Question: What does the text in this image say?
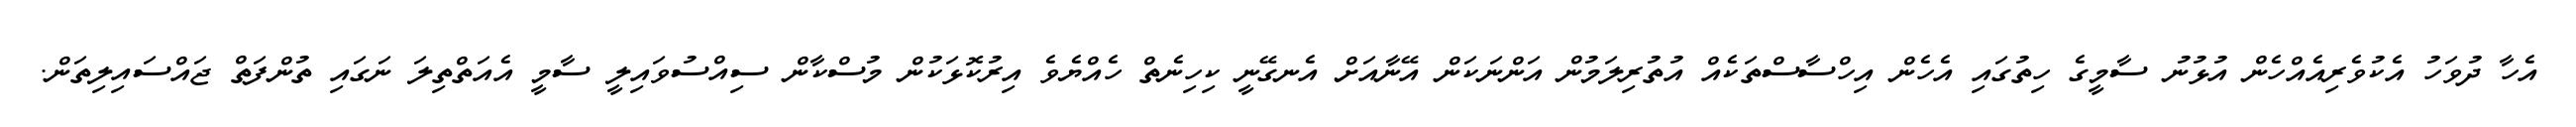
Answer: އެހާ ދުވަހު އެކުވެރިއެއްހެން އުޅުނު ސާމީގެ ހިތުގައި އެހެން އިހްސާސްތަކެއް އުތުރިލަމުން އަންނަކަން އޭނާއަށް އެނގޭނީ ކިހިނެތް ހެއްޔެވެ އިރުކޮޅަކުން މުސްކާން ސިއްސުވައިލީ ސާމީ އެއަތްތިލަ ނަގައި ތުންފަތް ޖައްސައިލިތަން.